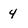
Character: 4